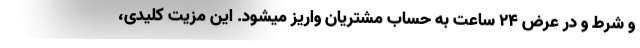
و شرط و در عرض 24 ساعت به حساب مشتریان واریز میشود. این مزیت کلیدی،